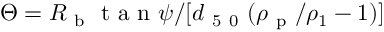
\Theta = R _ { \mathrm { ~ b ~ } } \mathrm { ~ t ~ a ~ n ~ } \psi / [ d _ { \mathrm { ~ 5 ~ 0 ~ } } ( \rho _ { \mathrm { ~ p ~ } } / \rho _ { 1 } - 1 ) ]